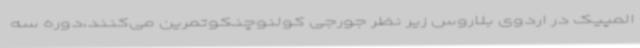
المپیک در اردوی بلاروس زیر نظر جورجی کولنوچنکوتمرین می‌کنند،دوره سه